Vaccination report Assam 1874-1896 - 1874-1896
Year: 1874
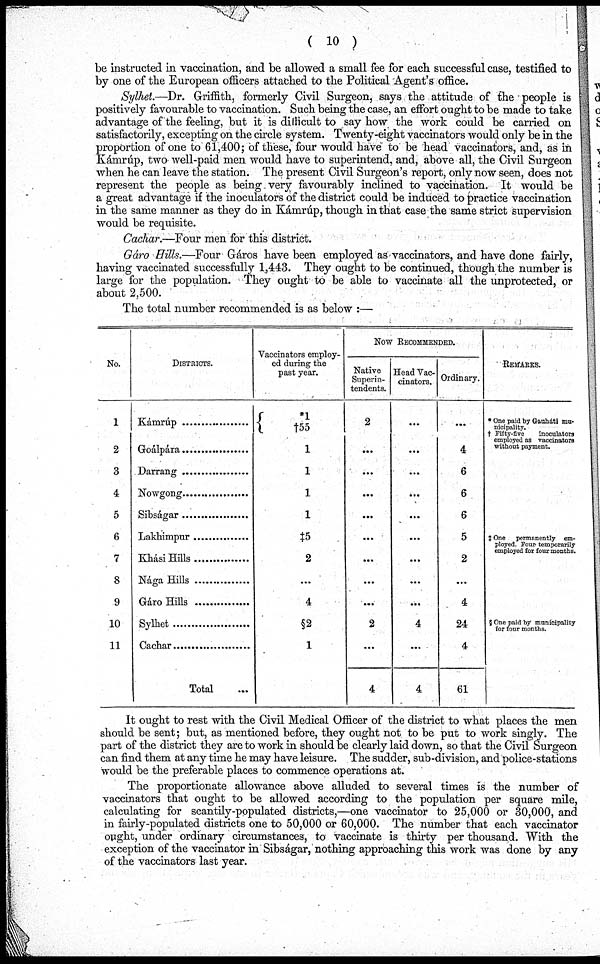
( 10 )
be instructed in vaccination, and be allowed a small fee for each successful case, testified to
by one of the European officers attached to the Political Agent's office.
Sylhet.—Dr. Griffith, formerly Civil Surgeon, says the attitude of the people is
positively favourable to vaccination. Such being the case, an effort ought to be made to take
advantage of the feeling, but it is difficult to say how the work could be carried on
satisfactorily, excepting on the circle system. Twenty-eight vaccinators would only be in the
proportion of one to 61,400; of these, four would have to be head vaccinators, and, as in
Kámrúp, two well-paid men would have to superintend, and, above all, the Civil Surgeon
when he can leave the station. The present Civil Surgeon's report, only now seen, does not
represent the people as being very favourably inclined to vaccination. It would be
a great advantage if the inoculators of the district could be induced to practice vaccination
in the same manner as they do in Kámrúp, though in that case the same strict supervision
would be requisite.
Cachar.—Four men for this district.
Gáro Hills.—Four Gáros have been employed as vaccinators, and have done fairly,
having vaccinated successfully 1,443. They ought to be continued, though the number is
large for the population. They ought to be able to vaccinate all the unprotected, or
about 2,500.
The total number recommended is as below :—
No.
1
2
3
4
5
6
7
8
9
10
11
DISTRICTS.
Kámrúp ................
Goálpára ..................
Darrang ..................
Nowgong ..................
Sibságar .....................
Lakhimptir
Khási Hills ...............
Nága Hills .....................
Gáro Hills .....................
Sylhet
.....................
Cachar .....................
Total ...
Vaccinators employ-
ed during the
past year.
*1
†55
1
1
1
1
‡5
2
...
4
§2
1
NOW RECOMMENDED.
Native
Superin-
tendents.
2
...
...
...
...
...
...
...
...
2
...
4
Head Vac-
cinators.
...
...
...
...
...
...
...
...
...
4
...
4
Ordinary.
...
4
6
6
6
5
2
...
4
24
4
61
REMARKS.
* One paid by Gauháti mu-
nicipality.
† Fifty-five inoculators
employed as vaccinators
without payment.
† One permanently em-
ployed. Four temporarily
employed for four months.
§ One paid by municipality
for four months.
It ought to rest with the Civil Medical Officer of the district to what places the men
should be sent; but, as mentioned before, they ought not to be put to work singly. The
part of the district they are to work in should be clearly laid down, so that the Civil Surgeon
can find them at any time he may have leisure. The sudder, sub-division, and police-stations
would be the preferable places to commence operations at.
The proportionate allowance above alluded to several times is the number of
vaccinators that ought to be allowed according to the population per square mile,
calculating for scantily-populated districts,—one vaccinator to 25,000 or 30,000, and
in fairly-populated districts one to 50,000 or 60,000. The number that each vaccinator
ought, under ordinary circumstances, to vaccinate is thirty per thousand. With the
exception of the vaccinator in Sibságar, nothing approaching this work was done by any
of the vaccinators last year.